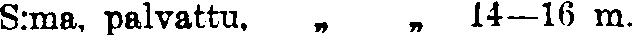
S:ma, palvattu. „ „ 14—16 m.